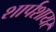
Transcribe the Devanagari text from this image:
शार्पशायर